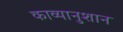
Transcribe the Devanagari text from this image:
काव्यानुशान